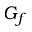
G _ { f }